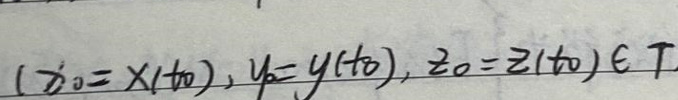
$( x _ { 0 } = x ( t _ { 0 } ), y _ { 0 } = y ( t _ { 0 } ), z _ { 0 } = z ( t _ { 0 } ) ) \in T$